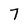
Character: 7